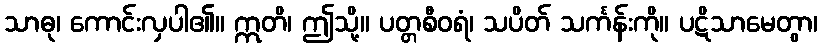
သာဓု၊ ကောင်းလှပါ၏။ ဣတိ၊ ဤသို့။ ပတ္တစီဝရံ၊ သပိတ် သင်္ကန်းကို။ ပဋိသာမေတွာ၊